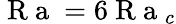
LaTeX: \mathrm{~R~a~}=6\mathrm{~R~a~}_{c}